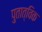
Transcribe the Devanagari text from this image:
पुतात्विक